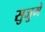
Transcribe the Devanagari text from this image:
सुजुमे